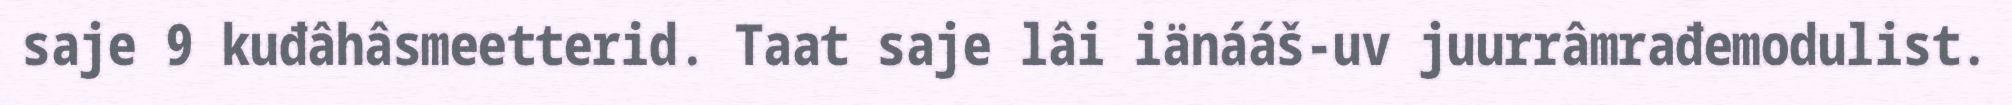
saje 9 kuđâhâsmeetterid. Taat saje lâi iänááš-uv juurrâmrađemodulist.